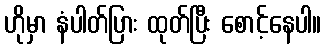
ဟိုမှာ နံပါတ်ပြား ထုတ်ပြီး စောင့်နေပါ။